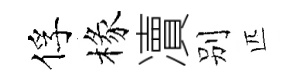
俘椽凟别匹